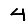
Digit: 4